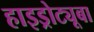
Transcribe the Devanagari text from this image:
हाइड्रोट्यूबा